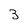
Character: 3